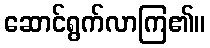
ဆောင်ရွက်လာကြ၏။